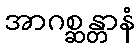
အာဂစ္ဆန္တာနံ